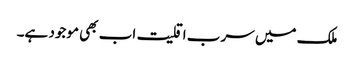
ملک میں سرب اقلیت اب بھی موجود ہے۔